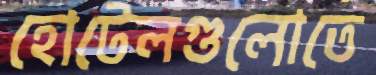
হোটেলগুলোতে